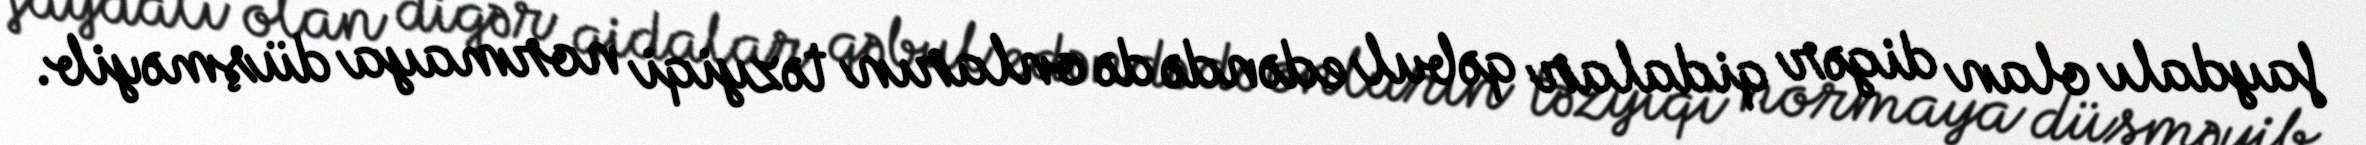
faydalı olan digər qidalar qəbul edəndə də onların təzyiqi normaya düşməyib.